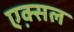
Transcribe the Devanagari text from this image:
एक्स़ल